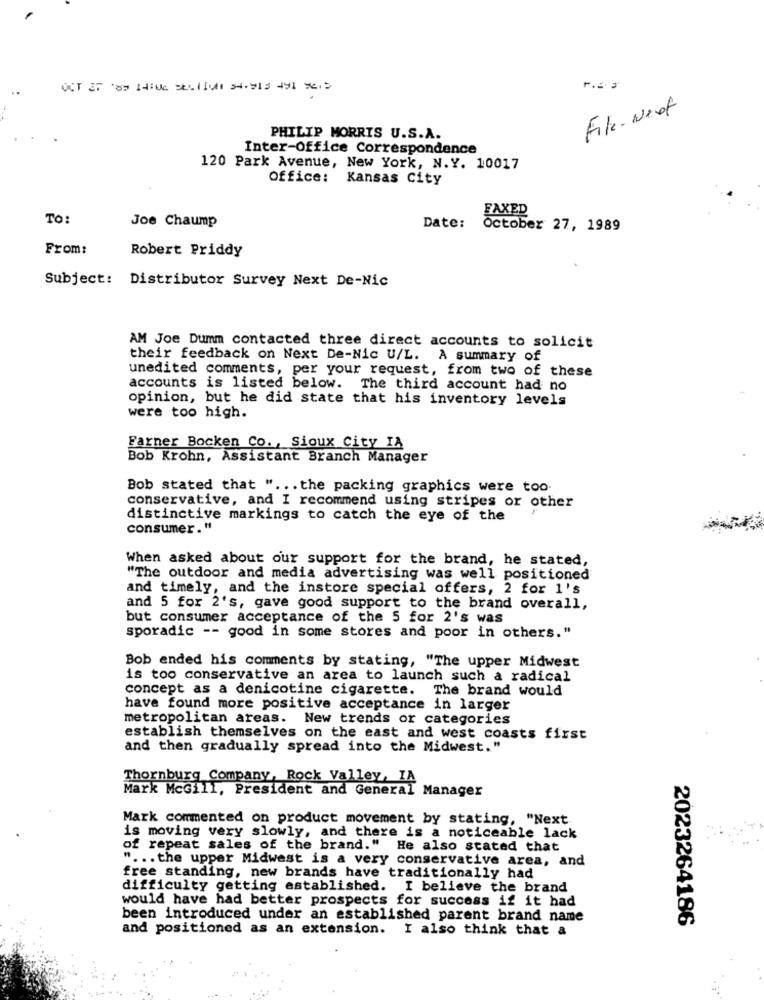
File- West
PHILIP MORRIS U.S.A.
Inter-Office Correspondence
120 Park Avenue, New York, N.Y. 10017
Office:
Kansas City
FAXED
TO :
Joe Chaump
Date:
October 27, 1989
From:
Robert Priddy
Subject: Distributor Survey Next De-Nic
AM Joe Dumm contacted three direct accounts to solicit
their feedback on Next De-Nic U/L. A summary of
unedited comments, per your request, from two of these
accounts is listed below. The third account had no
opinion, but he did state that his inventory levels
were too high.
Farner Bocken Co ., Sioux City IA
Bob Krohn, Assistant Branch Manager
Bob stated that " ... the packing graphics were too
conservative, and I recommend using stripes or other
distinctive markings to catch the eye of the
consumer ."
When asked about our support for the brand, he stated,
"The outdoor and media advertising was well positioned
and timely, and the instore special offers, 2 for 1's
and 5 for 2's, gave good support to the brand overall,
but consumer acceptance of the 5 for 2's was
sporadic -- good in some stores and poor in others."
Bob ended his comments by stating, "The upper Midwest
is too conservative an area to launch such a radical
concept as a denicotine cigarette. The brand would
have found more positive acceptance in larger
metropolitan areas. New trends or categories
establish themselves on the east and west coasts first
and then gradually spread into the Midwest."
Thornburg Company, Rock Valley, IA
Mark McGill, President and General Manager
Mark commented on product movement by stating, "Next
is moving very slowly, and there is a noticeable lack
of repeat sales of the brand." He also stated that
" ... the upper Midwest is a very conservative area, and
free standing, new brands have traditionally had
difficulty getting established. I believe the brand
would have had better prospects for success if it had
been introduced under an established parent brand name
2023264186
and positioned as an extension. I also think that a